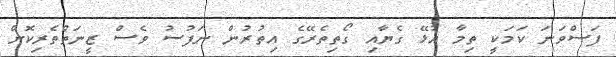
ފަސްވަނަ ކަމަކީ ތިމާ އުޅޭ ގެޔާއި ގޯތިތެރޭގެ އިތުރުން ނަފުސު ވެސް ޒީނަތްތެރިކޮށް